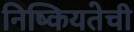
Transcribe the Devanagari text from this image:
निष्कियतेची